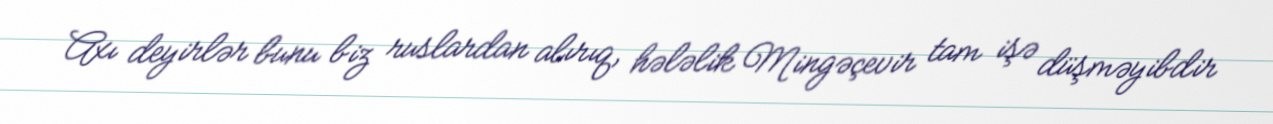
Axı deyirlər bunu biz ruslardan alırıq, hələlik Mingəçevir tam işə düşməyibdir